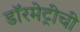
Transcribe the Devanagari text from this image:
डॉरमेट्रीची